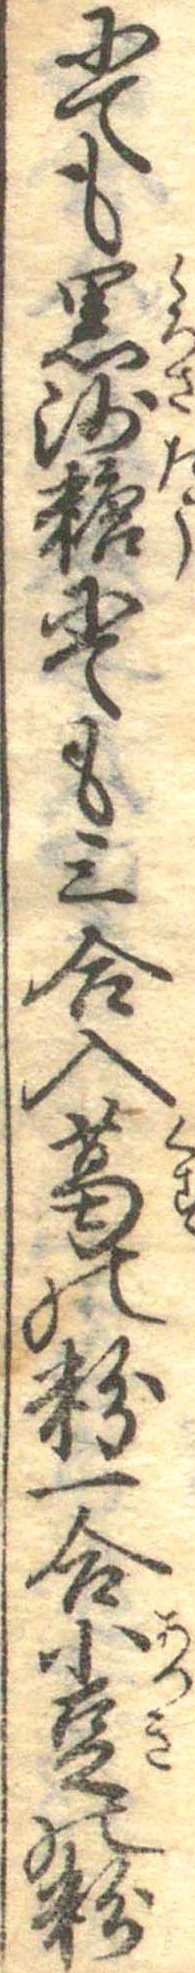
にても黒沙糖にても三合入葛の粉一合小豆の粉